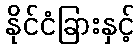
နိုင်ငံခြားနှင့်